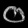
Digit: ၀